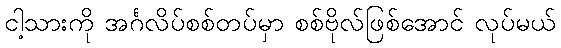
ငါ့သားကို အင်္ဂလိပ်စစ်တပ်မှာ စစ်ဗိုလ်ဖြစ်အောင် လုပ်မယ်